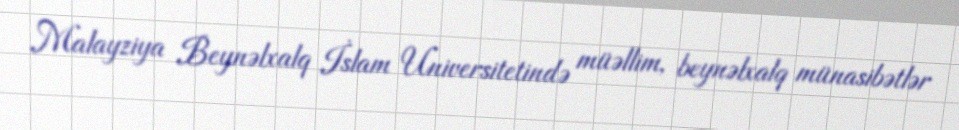
Malayziya Beynəlxalq İslam Universitetində müəllim, beynəlxalq münasibətlər